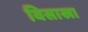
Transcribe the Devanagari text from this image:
विसाखा